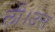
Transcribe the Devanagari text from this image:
ली।उस